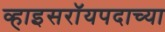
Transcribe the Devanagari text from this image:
व्हाइसरॉयपदाच्या